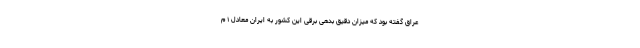
عراق گفته بود که میزان دقیق بدهی برقی این کشور به ایران معادل ۱ م